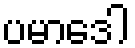
ပမာဒေါ